Vaccination in Bombay 1869-1873 - 1869-1873
Year: 1869
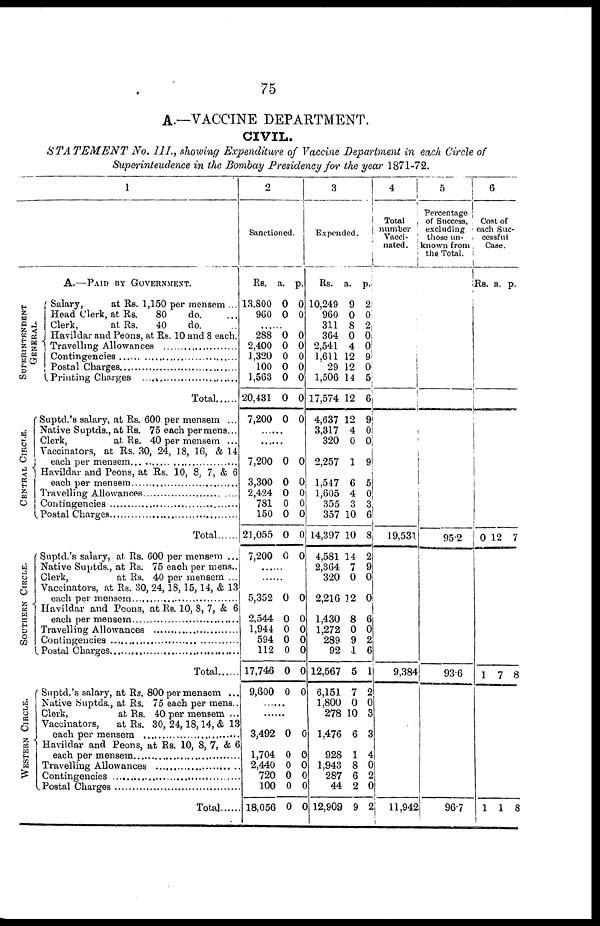
75
A.—VACCINE DEPARTMENT.
CIVIL.
STATEMENT
No. III., showing Expenditure of Vaccine Department in each Circle of
Superintendence in the Bombay Presidency for the year 1871-72.
1
SUPERINTENDENT
GENERAL.
CENTRAL CIRCLE.
SOUTHERN CIRCLE.
WESTERN CIRCLE.
A.—PAID BY GOVERNMENT.
Salary,
at Rs. 1,150 per mensem ...
Head Clerk, at Rs.
80
do. ...
Clerk,
at Rs.
40
do. ...
Havildar and Peons, at Rs. 10 and 8 each.
Travelling Allowances .......
Contingencies .........................
Postal Charges ..........................
Printing Charges ...................
Total
Suptd.'s salary, at Rs. 600 per mensem ...
Native Suptds., at Rs. 75 each per mens...
Clerk,
at Rs. 40 per mensem ...
Vaccinators, at Rs. 30, 24, 18, 16, & 14
each per mensem ...........................
Havildar and Peons, at Rs. 10, 8, 7, & 6
each per mensem ...........................
Travelling Allowances ...................
Contringencies .....................
Postal Charges ...........................
Total ......
Suptd.'s salary, at. Rs. 600 per mensem ...
Native Suptds., at Rs. 75 each per mens..
Clerk,
at Rs. 40 per mensem ...
Vaccinators, at Rs. 30, 24, 18, 15, 14, & 13
each per mensem.....................
Havildar and Peons, at Rs. 10, 8, 7, & 6
each per mensem ......................
Travelling Allowances ..................
Contingencies......................
Postal Charges ......................
Total
Suptd.'s salary, at Rs. 800 per mensem ...
Native Suptds., at Rs. 75 each per mens..
Clerk,
at Rs. 40 per mensem ...
Vaccinators, at Rs. 30, 24,18,14, & 13
each per mensem ....................
Havildar and Peons, at Rs. 10, 8, 7, & 6
each per mensem ...................
Travelling Allowances .....................
Contingencies ...........................
Postal Charges .......................
Total
2
Sanctioned.
Rs.
13,800
960
a.
0
0
p.
0
0
...... 288
2,400
1,320
100
1,563
20,431
7,200
0
0
0
0
0
0
0
0
0
0
0
0
0
0
......
......
7,200
3,300
2,424
781
150
21,055
7,200
0
0
0
0
0
0
0
0
0
0
0
0
0
0
......
......
5,352
2,544
1,944
594
112
17,746
9,600
0
0
0
0
0
0
0
0
0
0
0
0
0
0
......
......
3,492
1,704
2,440
720
100
18,056
0
0
0
0
0
0
0
0
0
0
0
0
3
Expended.
Rs.
10,249
960
311
364
2,541
1,611
29
1,506
17,574
4,637
3,317
320
2,257
1,547
1,605
355
357
14,397
4,581
2,364
320
2,216
1,430
1,272
289
92
12,567
6,151
1,800
278
1,476
928
1,943
287
44
12,909
a.
9
0
8
0
4
12
12
14
12
12
4
0
1
6
4
3
10
10
14
7
0
12
8
0
9
1
5
7
0
10
6
1
8
6
2
9
p.
2
0
2
0
0
9
0
5
6
9
0
0
9
5
0
3
6
8
2
9
0
0
6
0
2
6
1
2
0
3
3
4
0
2
0
2
4
Total
number
Vacci¬
nated.
19,531
9,384
11,942
5
Percentage
of Success,
excluding
those un¬
known from
the Total.
95.2
93.6
96.7
6
Cost of
each Suc-
cessful
Case.
Rs.
0
1
1
a.
12
7
1
p.
7
8
8